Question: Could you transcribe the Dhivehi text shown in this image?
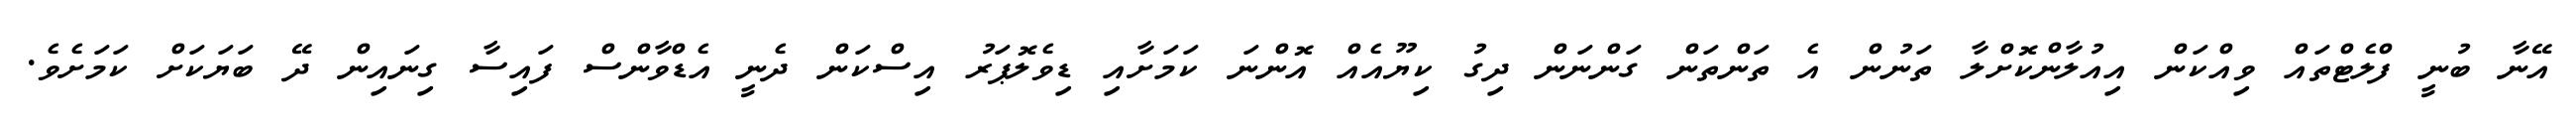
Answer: އޭނާ ބުނީ ފްލެޓްތައް ވިއްކަން އިއުލާންކޮށްލާ ތަނުން އެ ތަންތަން ގަންނަން ދިގު ކިޔޫއެއް އޮންނަ ކަމަށާއި ޑިވެލޮޕަރު އިސްކަން ދެނީ އެޑްވާންސް ފައިސާ ގިނައިން ދޭ ބަޔަކަށް ކަމަށެވެ.